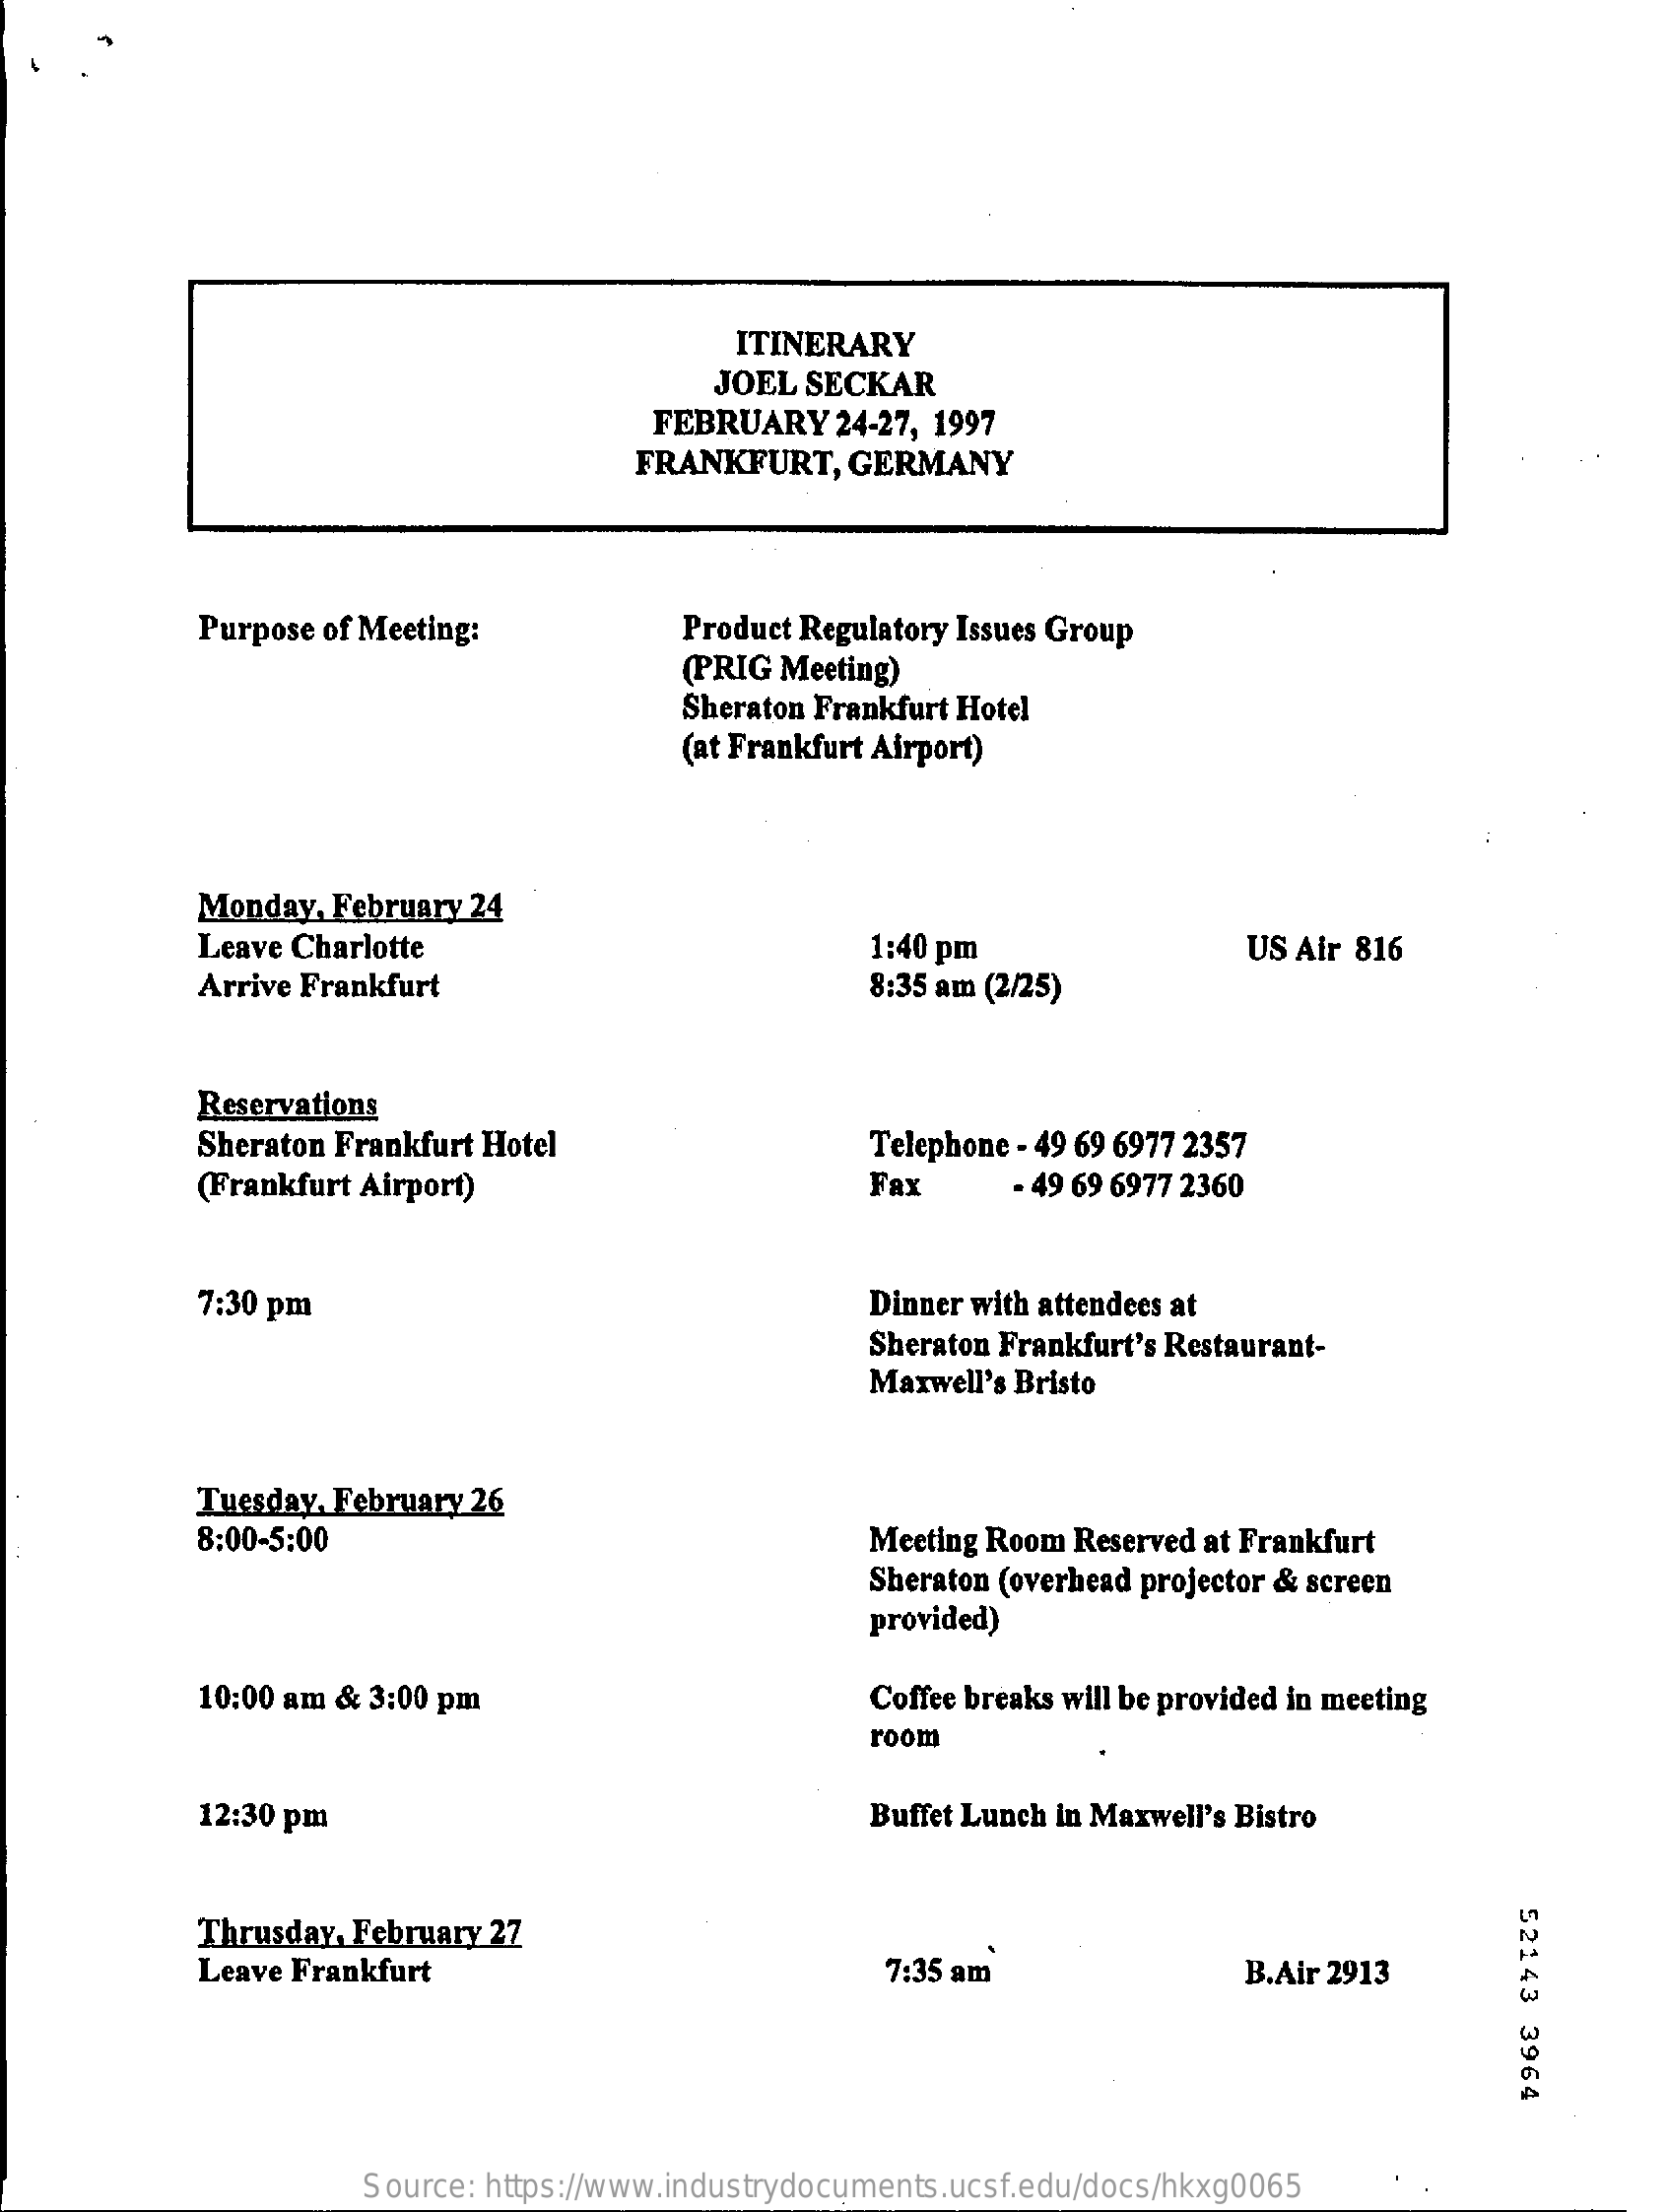
ITINERARY
     JOEL  SECKAR
     FEBRUARY    24-27, 1997
     FRANKFURT,    GERMANY
     Purpose of Meeting:    Product Regulatory Issues Group
     (PRIG Meeting)
     Sheraton Frankfurt Hotel
     (at Frankfurt Airport)
     Monday, February 24
     Leave Charlotte    1:40 pm    US Air 816
     Arrive Frankfurt    8:35 am (2/25)
     Reservations
     Sheraton Frankfurt Hotel    Telephone - 49 69 6977 2357
     (Frankfurt Airport)    Fax    - 49 69 6977 2360
     7:30 pm    Dinner with attendees at
     Sheraton Frankfurt's Restaurant-
     Maxwell's Bristo
     Tuesday, February 26
     8:00-5:00    Meeting Room Reserved at Frankfurt
     Sheraton (overhead projector & screen
     provided)
     10:00 am & 3:00 pm    Coffee breaks will be provided in meeting
     room
     12:30 pm    Buffet Lunch in Maxwell's Bistro
     52143
     3964
     Thrusday, February 27
     Leave Frankfurt    7:35 am    B.Air 2913
     Source: https://www.industrydocuments.ucsf.edu/docs/hkxg0065